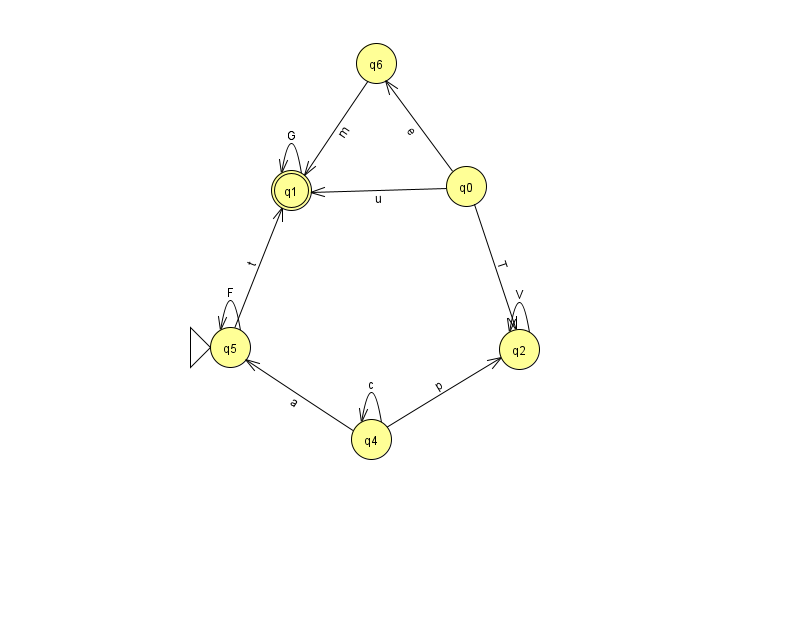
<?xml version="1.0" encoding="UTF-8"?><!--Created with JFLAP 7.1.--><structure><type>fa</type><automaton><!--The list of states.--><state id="0" name="q0"><x>466.0</x><y>173.0</y></state><state id="1" name="q1"><x>291.0</x><y>177.0</y><final/></state><state id="2" name="q2"><x>519.0</x><y>336.0</y></state><state id="4" name="q4"><x>371.0</x><y>426.0</y></state><state id="5" name="q5"><x>230.0</x><y>334.0</y><initial/></state><state id="6" name="q6"><x>376.0</x><y>50.0</y></state><!--The list of transitions.--><transition><from>4</from><to>2</to><read>p</read></transition><transition><from>0</from><to>6</to><read>e</read></transition><transition><from>4</from><to>4</to><read>c</read></transition><transition><from>0</from><to>1</to><read>u</read></transition><transition><from>2</from><to>2</to><read>V</read></transition><transition><from>5</from><to>5</to><read>F</read></transition><transition><from>0</from><to>2</to><read>T</read></transition><transition><from>1</from><to>1</to><read>G</read></transition><transition><from>4</from><to>5</to><read>a</read></transition><transition><from>6</from><to>1</to><read>m</read></transition><transition><from>5</from><to>1</to><read>t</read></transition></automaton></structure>